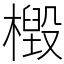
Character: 檓